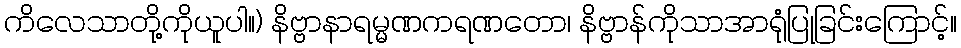
ကိလေသာတို့ကိုယူပါ။) နိဗ္ဗာနာရမ္မဏကရဏတော၊ နိဗ္ဗာန်ကိုသာအာရုံပြုခြင်းကြောင့်။